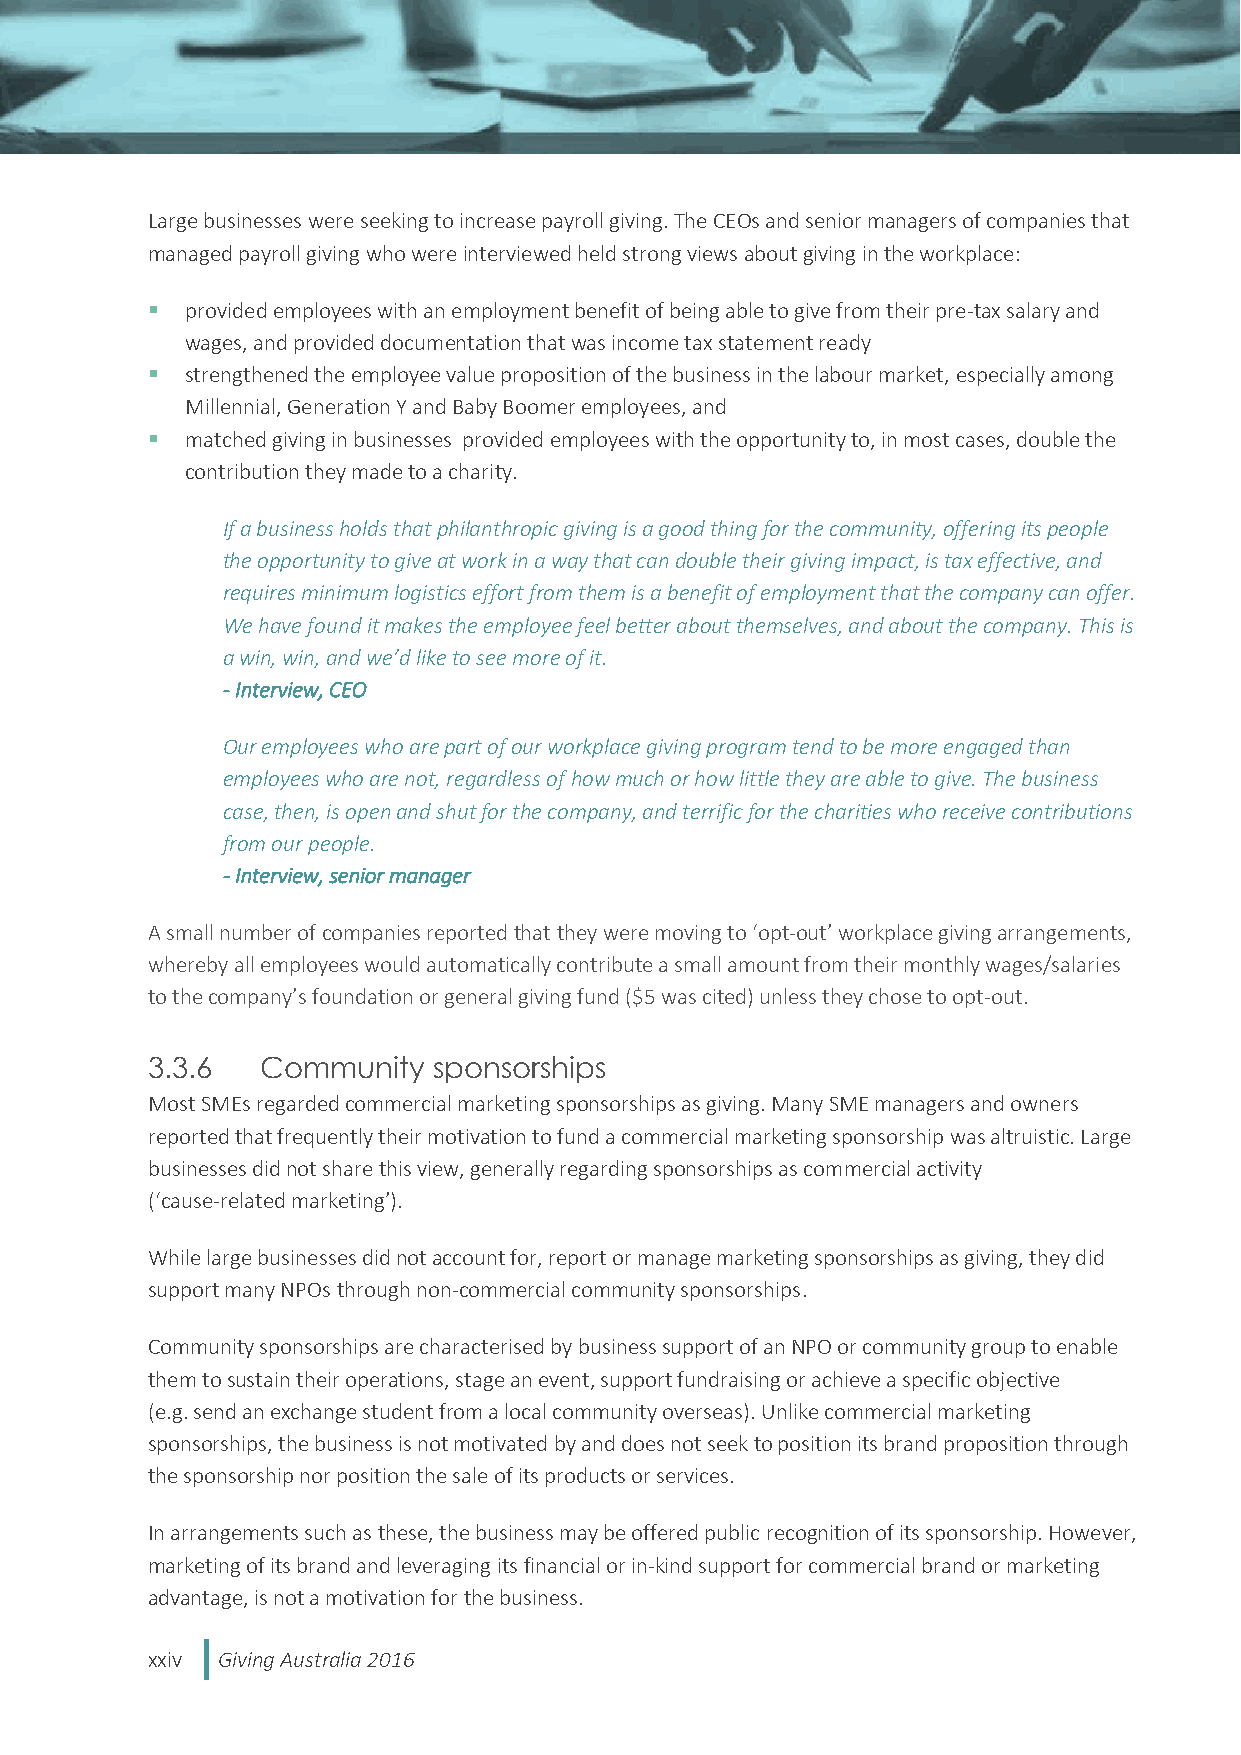
Large businesses were seeking to increase payroll giving. The CEOs and senior managers of companies that
 managed payroll giving who were interviewed held strong views about giving in the workplace:
  provided employees with an employment benefit of being able to give from their pre-tax salary and
 wages, and provided documentation that was income tax statement ready
  strengthened the employee value proposition of the business in the labour market, especially among
 Millennial, Generation Y and Baby Boomer employees, and
  matched giving in businesses provided employees with the opportunity to, in most cases, double the
 contribution they made to a charity.
 If a business holds that philanthropic giving is a good thing for the community, offering its people
 the opportunity to give at work in a way that can double their giving impact, is tax effective, and
 requires minimum logistics effort from them is a benefit of employment that the company can offer.
 We have found it makes the employee feel better about themselves, and about the company. This is
 a win, win, and we’d like to see more of it.
 - Interview, CEO
 Our employees who are part of our workplace giving program tend to be more engaged than
 employees who are not, regardless of how much or how little they are able to give. The business
 case, then, is open and shut for the company, and terrific for the charities who receive contributions
 from our people.
 - Interview, senior manager
 A small number of companies reported that they were moving to ‘opt-out’ workplace giving arrangements,
 whereby all employees would automatically contribute a small amount from their monthly wages/salaries
 to the company’s foundation or general giving fund ($5 was cited) unless they chose to opt-out.
 3.3.6  Community   sponsorships
 Most SMEs regarded commercial marketing sponsorships as giving. Many SME managers and owners
 reported that frequently their motivation to fund a commercial marketing sponsorship was altruistic. Large
 businesses did not share this view, generally regarding sponsorships as commercial activity
 (‘cause-related marketing’).
 While large businesses did not account for, report or manage marketing sponsorships as giving, they did
 support many NPOs through non-commercial community sponsorships.
 Community sponsorships are characterised by business support of an NPO or community group to enable
 them to sustain their operations, stage an event, support fundraising or achieve a specific objective
 (e.g. send an exchange student from a local community overseas). Unlike commercial marketing
 sponsorships, the business is not motivated by and does not seek to position its brand proposition through
 the sponsorship nor position the sale of its products or services.
 In arrangements such as these, the business may be offered public recognition of its sponsorship. However,
 marketing of its brand and leveraging its financial or in-kind support for commercial brand or marketing
 advantage, is not a motivation for the business.
 xxiv Giving Australia 2016